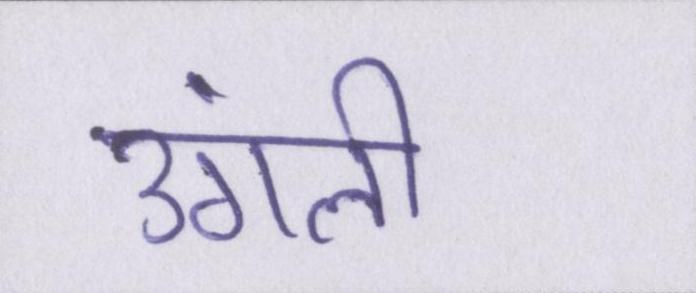
उंगली